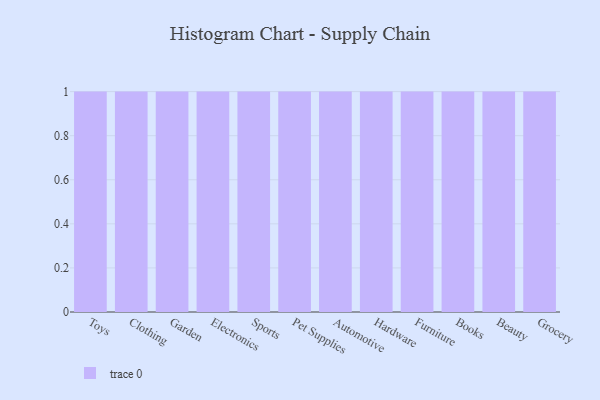
{"axis": {"x": "Category", "y": "Headcount"}, "legend": [""], "data": [{"x": "Toys", "y": 41, "type": ""}, {"x": "Clothing", "y": 58, "type": ""}, {"x": "Garden", "y": 58, "type": ""}, {"x": "Electronics", "y": 22, "type": ""}, {"x": "Sports", "y": 39, "type": ""}, {"x": "Pet Supplies", "y": 21, "type": ""}, {"x": "Automotive", "y": 1, "type": ""}, {"x": "Hardware", "y": 18, "type": ""}, {"x": "Furniture", "y": 52, "type": ""}, {"x": "Books", "y": 41, "type": ""}, {"x": "Beauty", "y": 19, "type": ""}, {"x": "Grocery", "y": 86, "type": ""}]}